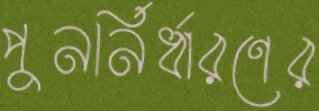
পুনর্নির্ধারণের